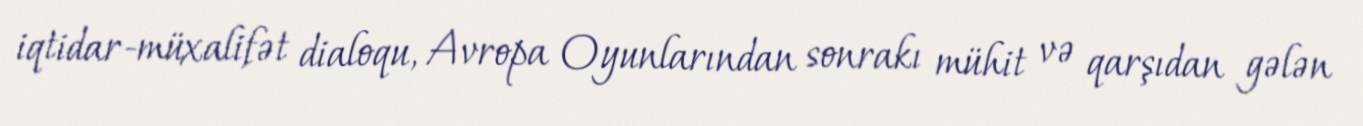
iqtidar-müxalifət dialoqu, Avropa Oyunlarından sonrakı mühit və qarşıdan gələn